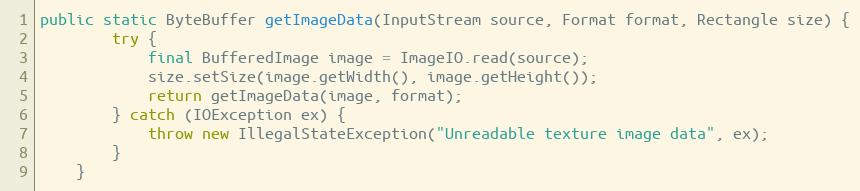
Language: Java
public static ByteBuffer getImageData(InputStream source, Format format, Rectangle size) {
        try {
            final BufferedImage image = ImageIO.read(source);
            size.setSize(image.getWidth(), image.getHeight());
            return getImageData(image, format);
        } catch (IOException ex) {
            throw new IllegalStateException("Unreadable texture image data", ex);
        }
    }